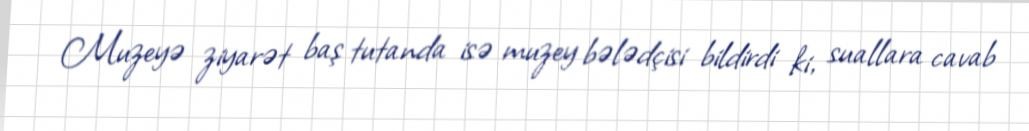
Muzeyə ziyarət baş tutanda isə muzey bələdçisi bildirdi ki, suallara cavab